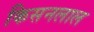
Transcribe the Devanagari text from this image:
किसनलाल